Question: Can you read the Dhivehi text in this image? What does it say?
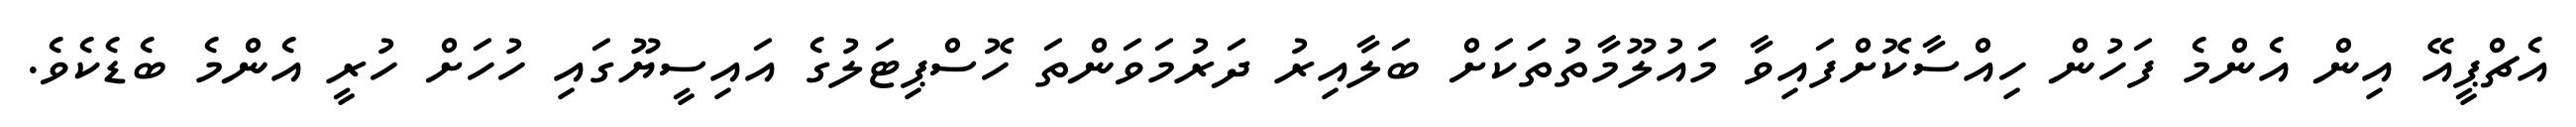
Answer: އެޗްޕީއޭ އިން އެންމެ ފަހުން ހިއްސާކޮށްފައިވާ މައުލޫމާތުތަކަށް ބަލާއިރު ދަރުމަވަންތަ ހޮސްޕިޓަލުގެ އައިސީޔޫގައި ހުހަށް ހުރީ އެންމެ ބެޑެކެވެ.